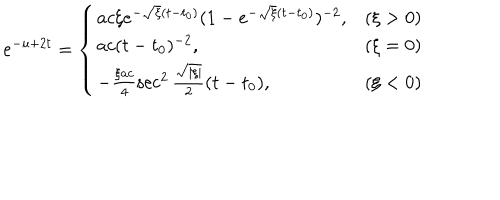
e ^ { - u + 2 t } = \left\{ \begin{array} { l c } { { a c \xi e ^ { - \sqrt { \xi } ( t - t _ { 0 } ) } ( 1 - e ^ { - \sqrt { \xi } ( t - t _ { 0 } ) } ) ^ { - 2 } , } } & { { ( \xi > 0 ) } } \\ { { a c ( t - t _ { 0 } ) ^ { - 2 } , } } & { { ( \xi = 0 ) } } \\ { { - \frac { \xi a c } 4 \sec ^ { 2 } \frac { \sqrt { | \xi | } } 2 ( t - t _ { 0 } ) , } } & { { ( \xi < 0 ) } } \\ \end{array} \right.